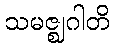
သမဇ္ဈဂါတိ